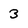
Character: 3